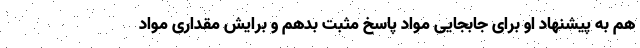
هم به پیشنهاد او برای جابجایی مواد پاسخ مثبت بدهم و برایش مقداری مواد